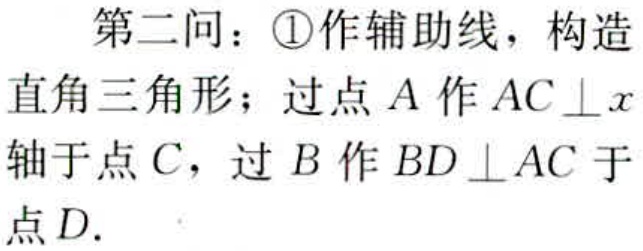
第二问：\textcircled{1}作辅助线，构造直角三角形；过点\(A\)作\(AC\perp x\)轴于点\(C\)，过\(B\)作\(BD\perp AC\)于点\(D\).